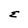
Character: E